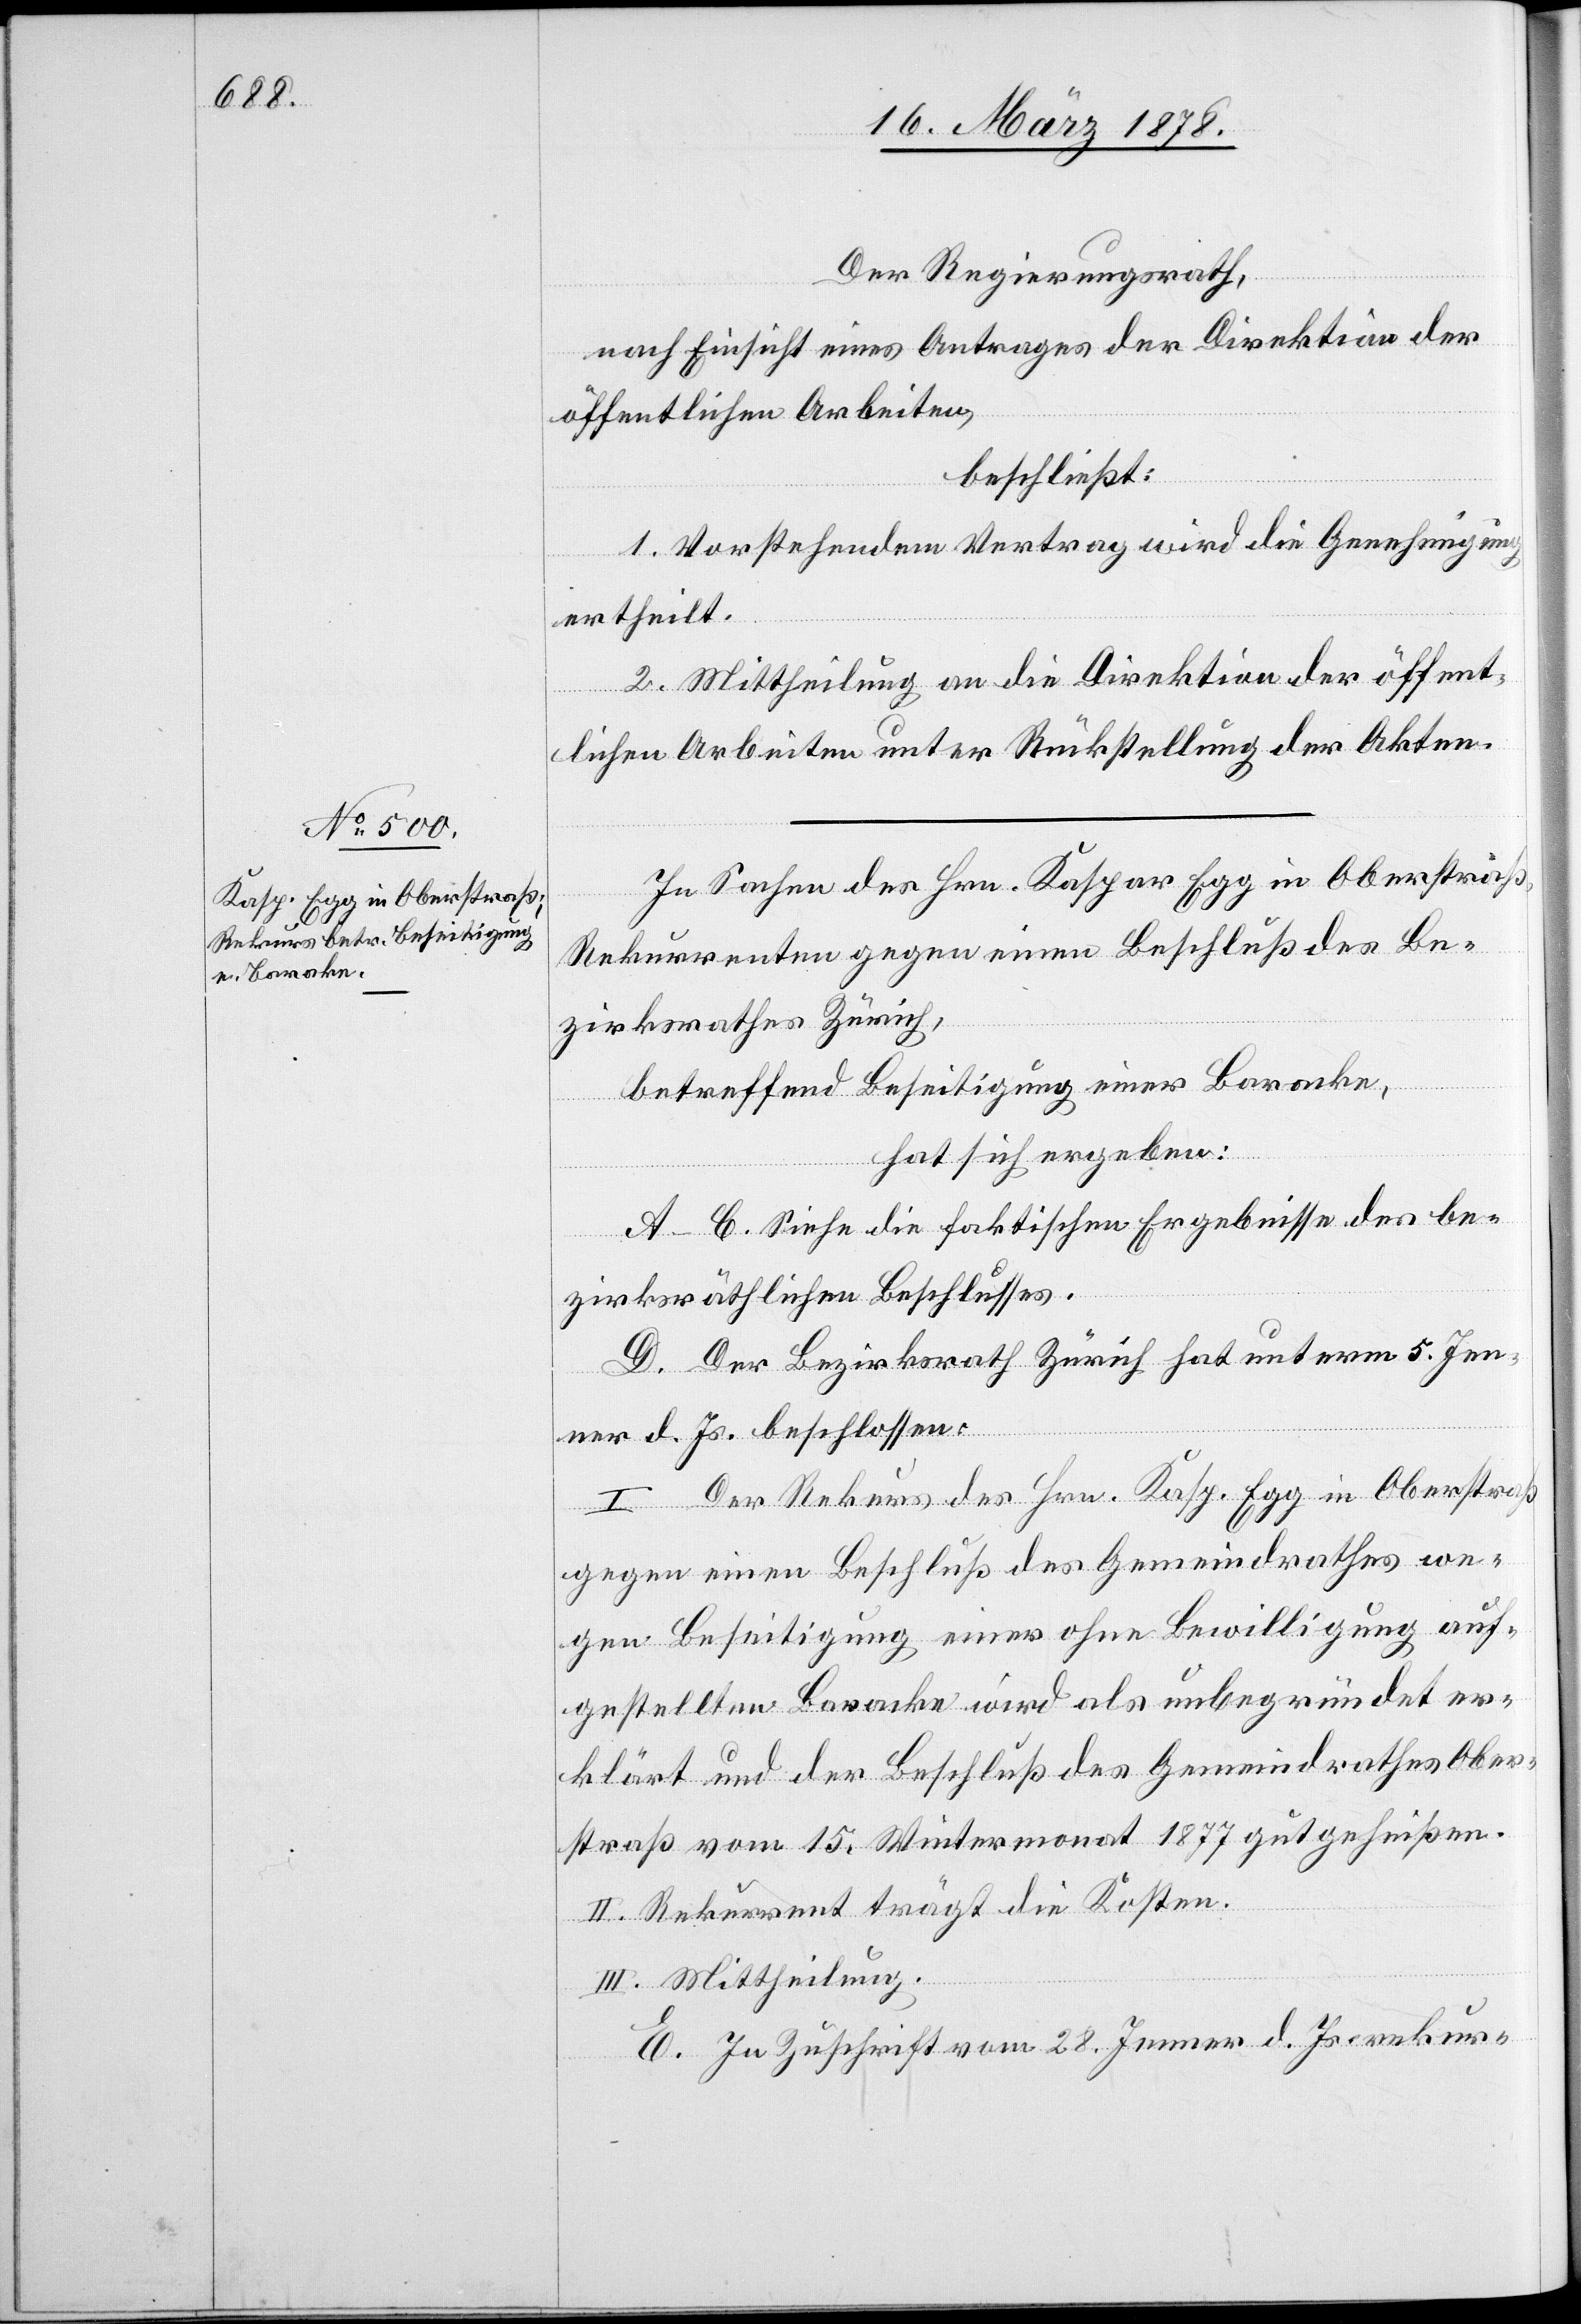
Der Regierungsrath,
nach Einsicht eines Antrages der Direktion der
öffentlichen Arbeiten,
beschließt:
1. Vorstehendem Vertrag wird die Genehmigung
ertheilt.
2. Mittheilung an die Direktion der öffent¬
lichen Arbeiten unter Rückstellung der Akten.
In Sachen des Hrn. Kaspar Egg in Oberstraß,
Rekurrenten gegen einen Beschluß des Be¬
zirksrathes Zürich,
betreffend Beseitigung einer Baracke,
hat sich ergeben:
A–C. Siehe die faktischen Ergebnisse des be¬
zirksräthlichen Beschlusses.
D. Der Bezirksrath Zürich hat unterm 5. Jen¬
ner d. Js. beschlossen:
I. Der Rekurs des Hrn. Kasp. Egg in Oberstraß
gegen einen Beschluß des Gemeindrathes we¬
gen Beseitigung einer ohne Bewilligung auf¬
gestellten Baracke wird als unbegründet er¬
klärt und der Beschluß des Gemeindrathes Ober¬
straß vom 15. Wintermonat 1877 gutgeheißen.
II. Rekurrent trägt die Kosten.
III. Mittheilung.
E. In Zuschrift vom 28. Jenner d. Js. rekur-